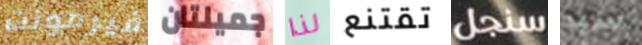
فيرمونت جميلتان لذا تقتنع سنجل سيد